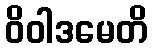
ဝိဝါဒမေတိ